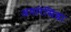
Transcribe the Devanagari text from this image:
अपारेसिडा